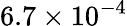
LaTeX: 6.7\times 10^{-4}